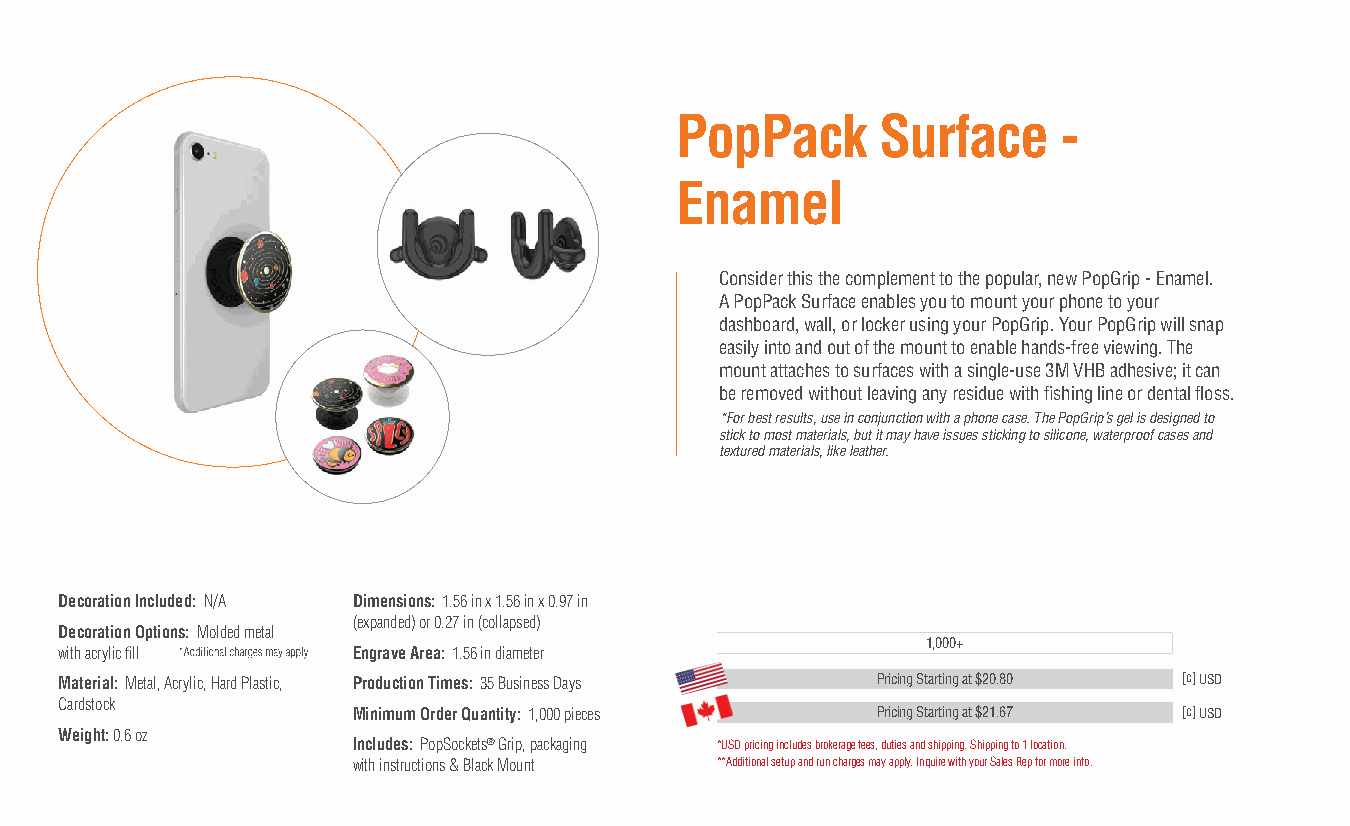
PopPack      Surface     -
 Enamel
 Consider this the complement to the popular, new PopGrip - Enamel.
 A PopPack Surface enables you to mount your phone to your
 dashboard, wall, or locker using your PopGrip. Your PopGrip will snap
 easily into and out of the mount to enable hands-free viewing. The
 mount attaches to surfaces with a single-use 3M VHB adhesive; it can
 be removed without leaving any residue with fishing line or dental floss.
 *For best results, use in conjunction with a phone case. The PopGrip’s gel is designed to
 stick to most materials, but it may have issues sticking to silicone, waterproof cases and
 textured materials, like leather.
 Decoration Included: N/A Dimensions: 1.56 in x 1.56 in x 0.97 in
 (expanded) or 0.27 in (collapsed)
 Decoration Options: Molded metal
 1,000+
 with acrylic fill  Engrave Area: 1.56 in diameter
 Material: Metal, Acrylic, Hard Plastic, Production Times: 35 Business Days Pricing Starting at $20.80 [c] USD
 Cardstock
 Minimum Order Quantity: 1,000 pieces Pricing Starting at $21.67 [c] USD
 Weight: 0.6 oz
 Includes: PopSockets® Grip, packaging *USD pricing includes brokerage fees, duties and shipping. Shipping to 1 location.
 with instructions & Black Mount **Additional setup and run charges may apply. Inquire with your Sales Rep for more info.